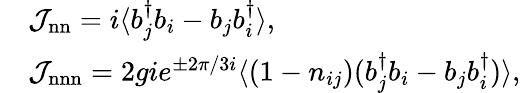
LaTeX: \begin{array}{rl}&{\mathcal{J}_{\mathrm{nn}}=i\langle b_{j}^{\dagger}b_{i}-b_{j}b_{i}^{\dagger}\rangle,}\\ &{\mathcal{J}_{\mathrm{nnn}}=2gie^{\pm 2\pi/3i}\langle(1-n_{ij})(b_{j}^{\dagger}b_{i}-b_{j}b_{i}^{\dagger})\rangle,}\end{array}